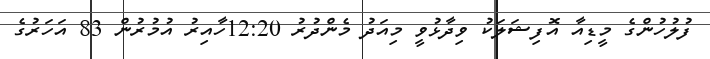
ފުލުހުންގެ މީޑިއާ އޮފިޝަލަކު ވިދާޅުވީ މިއަދު މެންދުރު 12:20ހާއިރު އުމުރުން 83 އަހަރުގެ